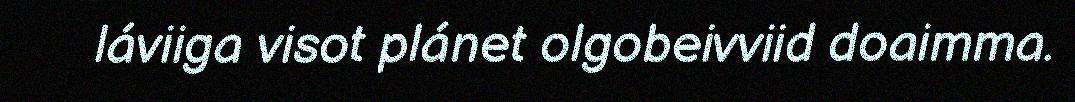
láviiga visot plánet olgobeivviid doaimma.